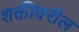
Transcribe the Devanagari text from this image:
शक्तीवरील